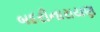
બદરીનારાયણ